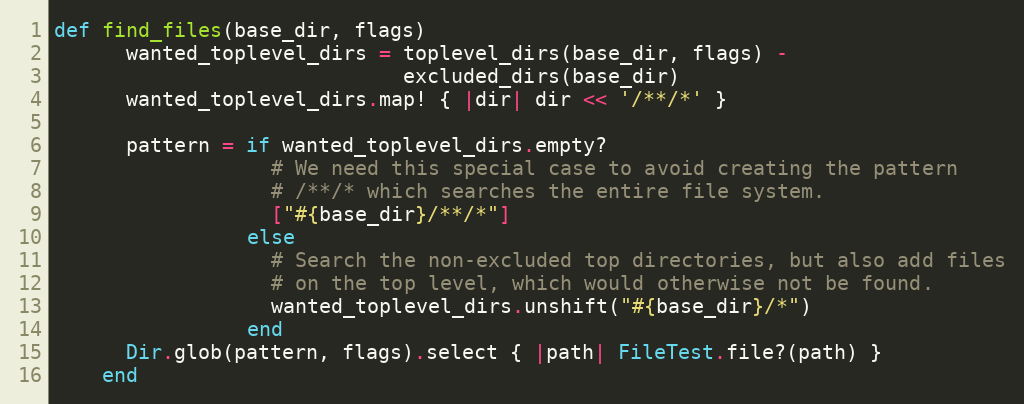
Language: Ruby
def find_files(base_dir, flags)
      wanted_toplevel_dirs = toplevel_dirs(base_dir, flags) -
                             excluded_dirs(base_dir)
      wanted_toplevel_dirs.map! { |dir| dir << '/**/*' }

      pattern = if wanted_toplevel_dirs.empty?
                  # We need this special case to avoid creating the pattern
                  # /**/* which searches the entire file system.
                  ["#{base_dir}/**/*"]
                else
                  # Search the non-excluded top directories, but also add files
                  # on the top level, which would otherwise not be found.
                  wanted_toplevel_dirs.unshift("#{base_dir}/*")
                end
      Dir.glob(pattern, flags).select { |path| FileTest.file?(path) }
    end